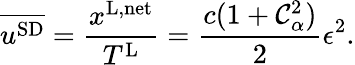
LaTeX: \overline{{u^{\textnormal{SD}}}}=\frac{x^{\textnormal{L,net}}}{T^{\textnormal{L}}}=\frac{c(1+\mathcal{C}_{\alpha}^{2})}{2}\epsilon^{2}.